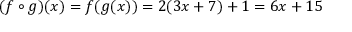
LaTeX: ( f \circ g ) ( x ) = f ( g ( x ) ) = 2 ( 3 x + 7 ) + 1 = 6 x + 1 5